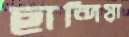
ছান্দিয়া